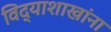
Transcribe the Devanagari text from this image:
विद्याशाखांना